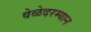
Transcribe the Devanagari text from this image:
वेळेदरम्यान